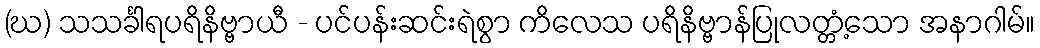
(ဃ) သသင်္ခါရပရိနိဗ္ဗာယီ - ပင်ပန်းဆင်းရဲစွာ ကိလေသ ပရိနိဗ္ဗာန်ပြုလတ္တံ့သော အနာဂါမ်။